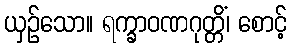
ယှဉ်သော။ ရက္ခာဝဏဂုတ္တိံ၊ စောင့်